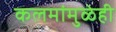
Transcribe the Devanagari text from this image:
कलमांमुळेही